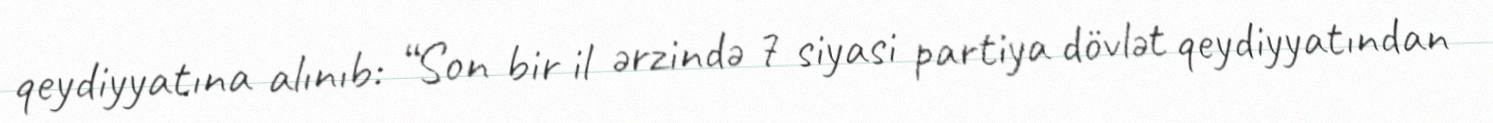
qeydiyyatına alınıb: “Son bir il ərzində 7 siyasi partiya dövlət qeydiyyatından